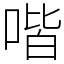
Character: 喈